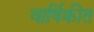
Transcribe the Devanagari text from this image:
वार्षिकीत